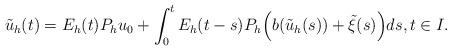
LaTeX: \begin{align*} \tilde u _h(t)=E_h(t)P_h u_0+\int_0^t E_h(t-s)P_h \Big(b( \tilde u _h(s))+\tilde \xi(s)\Big)ds,t\in I.\end{align*}